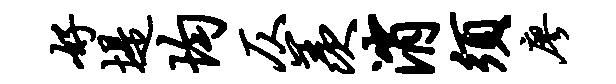
好堤均仄羡消须廖